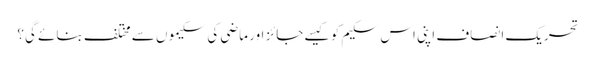
تحریک انصاف اپنی اس سکیم کو کیسے جائز اور ماضی کی سکیموں سے مختلف بنائے گی؟